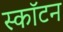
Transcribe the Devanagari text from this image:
स्कॉटन